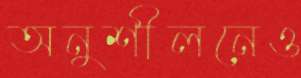
অনুশীলনেও